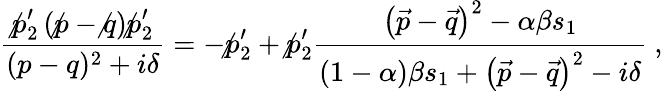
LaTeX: \frac{\not p_{2}^{\prime}\left(\not p-\not q\right)\not p_{2}^{\prime}}{(p-q)^{2}+i\delta}=-\not p_{2}^{\prime}+\not p_{2}^{\prime}\frac{\left(\vec{p}-\vec{q}\right)^{2}-\alpha\beta s_{1}}{(1-\alpha)\beta s_{1}+\left(\vec{p}-\vec{q}\right)^{2}-i\delta}~,